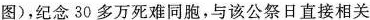
图），纪念30多万死难同胞，与该公祭日直接相关